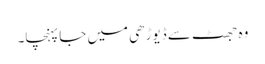
وہ جھٹ سے ڈیوڑھی میں جا پہنچا۔